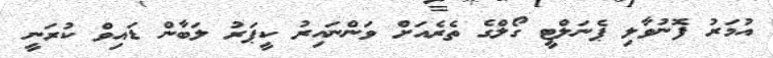
އުމަރު ފޮނުވާލި ޕެނަލްޓީ ގޯލްގެ ތެރެއަށް ވަންނައިރު ކީޕަރު ލަބާން ޑައިވް ކުރަނީ